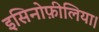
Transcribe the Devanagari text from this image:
इसिनोफ़ीलिया।